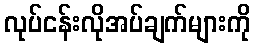
လုပ်ငန်းလိုအပ်ချက်များကို